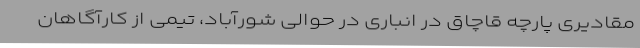
مقادیری پارچه قاچاق در انباری در حوالی شورآباد، تیمی از کارآگاهان